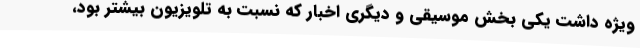
ویژه داشت یکی بخش موسیقی و دیگری اخبار که نسبت به تلویزیون بیشتر بود،